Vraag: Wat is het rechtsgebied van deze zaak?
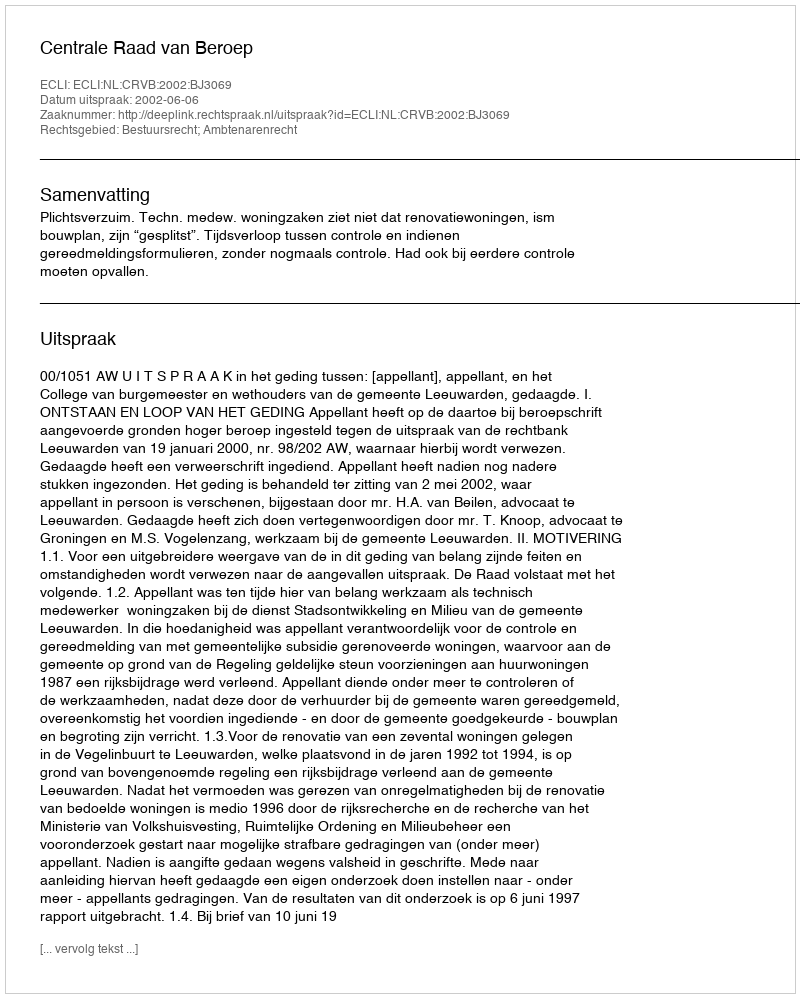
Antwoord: Bestuursrecht; Ambtenarenrecht